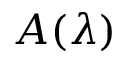
A ( \lambda )